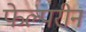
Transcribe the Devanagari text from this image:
फेल्परीन